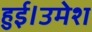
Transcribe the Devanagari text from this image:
हुई।उमेश